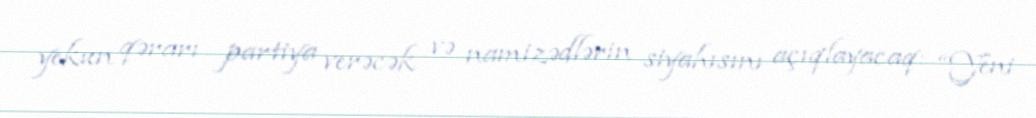
yekun qərarı partiya verəcək və namizədlərin siyahısını açıqlayacaq: “Yeni